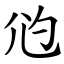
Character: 尦